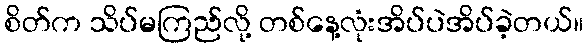
စိတ်က သိပ်မကြည်လို့ တစ်နေ့လုံးအိပ်ပဲအိပ်ခဲ့တယ်။